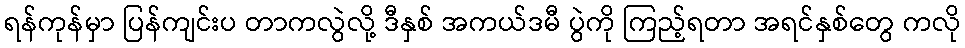
ရန်ကုန်မှာ ပြန်ကျင်းပ တာကလွဲလို့ ဒီနှစ် အကယ်ဒမီ ပွဲကို ကြည့်ရတာ အရင်နှစ်တွေ ကလို